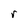
Character: r